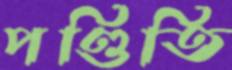
পণ্ডিতি